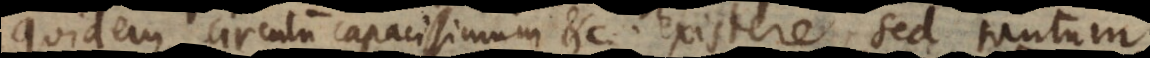
quidem circulum capacissimum etc. existere, sed tantum